Civil Veterinary Dept. Assam report 1927-50 - 1927-1950
Year: 1927
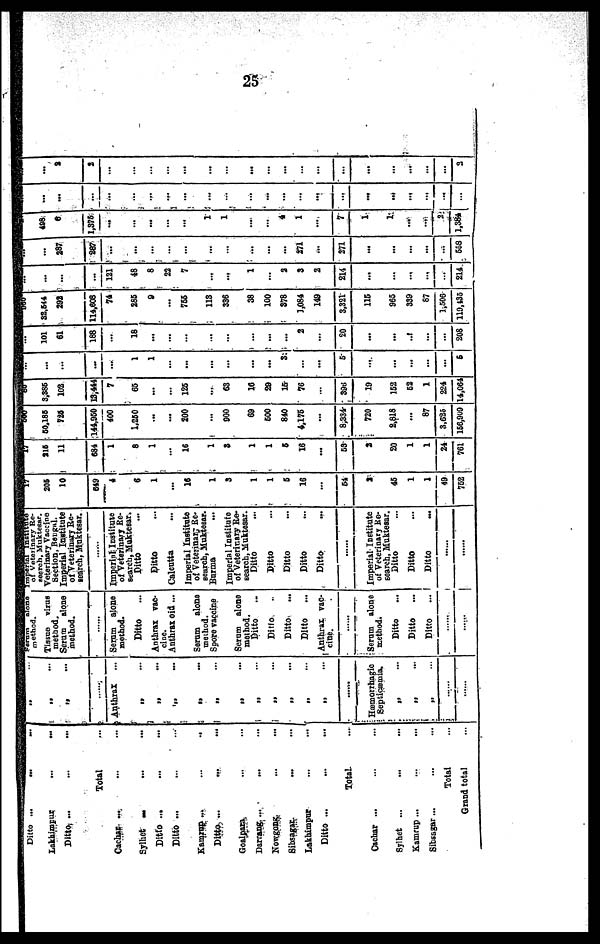
25
Ditto ... ... ...
Lakhimpur ... ...
Ditto
...
...
...
Total ...
Cachar ... ... ...
Sylhet ... ... ...
Ditto ... ... ...
Ditto ... ... ...
Kamrup ...
...
...
Ditto ... ... ...
Goalpara. ... ...
Darrang ... ... ...
Nowgong ... ...
Sibsagar. ... ...
Lakhimpur ... ...
Ditto ... ... ...
Total. ...
Cachar ... ... ...
Sylhet ... ... ...
Kamrup ... ... ...
Sibsagar... ... ...
Total ...
Grand total ...
..
„ ...
Anthrax
„ ...
„
...
...
„
„ ...
„ ..
„ ...
„ ...
„
„
...
......
Hæmorrhagic
Septicæmia.
„ ...
„ ...
„ ...
......
......
method.
Tissue virus
method.
Serum alone
method.
Serum alone
method.
Ditto
...
Anthrax vac-
cine.
Anthrax old ...
Serum alone
method.
Spore vaccine
Serum alone
method.
Ditto ...
Ditto ...
Ditto ...
Ditto ...
Anthrax vac-
cine.
......
Serum alone
method.
Ditto ...
Ditto ...
Ditto ...
......
......
of Veterinary Re-
search, Muktesar.
Veterinary Vaccine
Section, Bengal.
Imperial Institute
of Veterinary Re-
search, Muktesar.
Imperiul. Institute
of veterinary Re-
search, Muktesar.
Ditto
Ditto ...
Calcutta ...
Imperial Institute
of Veterinary Re-
search, Muktesar.
Burma
Imperial In6titufe
of Veterinary Re-
search, Muktesar.
Ditto ...
Ditto ...
Ditto ...
Ditto ...
Ditto ...
......
Imperial Institute
of Veterinary Re-
search, Muktesar.
Ditto ...
Ditto ...
Ditto ...
......
.....
205
10
649
...
...
...
...
16
...
...
...
...
5
16
...
64
2
45
1
1
49
762
215
11
684
1
8
1
...
16
1
3
1
1
6
16
...
63
2
20
1
1
24
761
60,186
726
144,950
400
1,250
...
...
200
...
900
69
600
840
4,175
...
8,334
720
2,818
...
87
3,625
156,909
3,385
102
13,444
7
65
...
...
126
...
63
16
29
15
76
...
395
19
152
62
1
224
14,064
...
...
...
1
1
...
...
...
...
...
...
3
...
6
...
...
...
...
...
5
101
61
188
...
18
...
...
...
...
...
...
...
2
...
20
...
...
...
...
...
20S
I
32,544
292
114,608
74
285
9
...
755
...
336
38
100
378
1,084
149
3,321
115
965
339
87
1,506
119,435
...
...
...
121
48
8
22
7
...
...
1
...
2
3
2
214
...
...
...
...
...
214
...
287
287
...
...
...
...
...
...
...
...
...
271
...
271
...
...
...
...
...
558
498
6
1,375
...
...
...
...
...
1
...
...
2
1
...
7
1
...
...
...
2
1,384
...
...
-
...
...
...
...
...
...
...
...
...
...
...
...
...
...
...
...
...
...
...
...
2
2
...
...
...
...
...
...
...
...
...
...
...
...
...
...
...
...
2